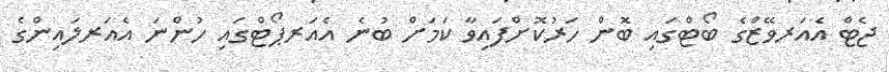
ޖެޓް އެއަރވޭޒްގެ ބޯޓްގައި ބޮން ހަރުކޮށްފައިވާ ކަމަށް ބުނެ އެއަރޕޯޓްގައި ހުންނަ އެއަރލައިންގެ